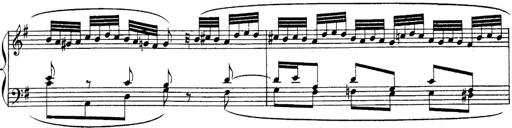
Title: Sonatina for Piano
Composer: BÃ©la BartÃ³k